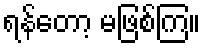
ရန်တော့ မဖြစ်ကြ။